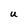
Character: U